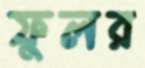
ফুলর